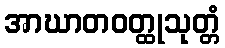
အာဃာတဝတ္ထုသုတ္တံ